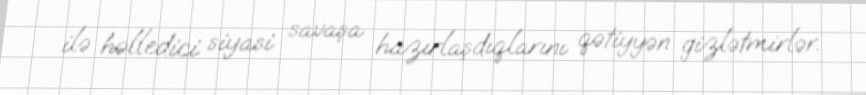
ilə həlledici siyasi savaşa hazırlaşdıqlarını qətiyyən gizlətmirlər.